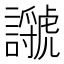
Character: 𧭣